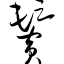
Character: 鬓